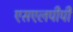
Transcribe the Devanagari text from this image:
एसएलपीपी